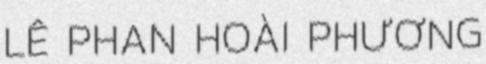
LÊ PHAN HOÀI PHƯƠNG